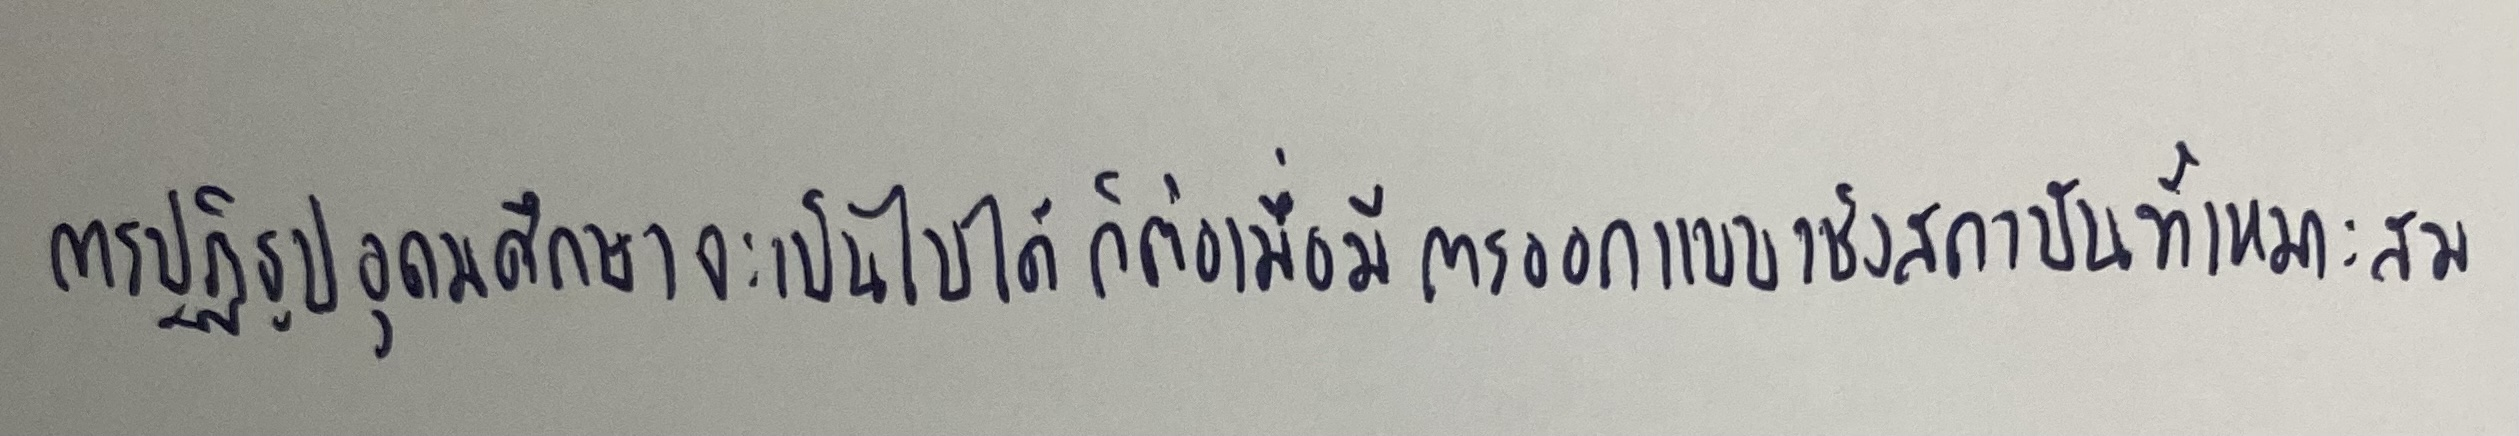
การปฏิรูปอุดมศึกษาจะเป็นไปได้ก็ต่อเมื่อมีการออกแบบเชิงสถาบันที่เหมาะสม